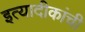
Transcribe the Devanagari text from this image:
इत्यादीकांची